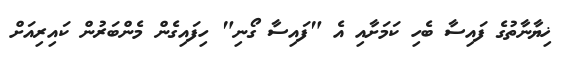
ޚިޔާނާތުގެ ފައިސާ ބެހި ކަމަށާއި އެ "ފައިސާ ގޯނި" ހިފައިގެން މެންބަރުން ކައިރިއަށް